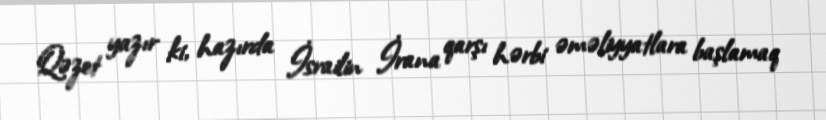
Qəzet yazır ki, hazırda İsrailin İrana qarşı hərbi əməliyyatlara başlamaq